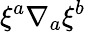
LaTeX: {\xi}^{a}{\nabla}_{a}{\xi}^{b}